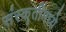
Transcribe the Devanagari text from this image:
संस्कॄतींमध्ये